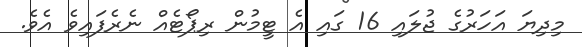
މިދިޔަ އަހަރުގެ ޖުލައި 16 ގައި އެ ޓީމުން ރިޕޯޓެއް ނެރެފައިވެ އެވެ.